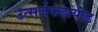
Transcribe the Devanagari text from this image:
उत्सर्जकडायोड